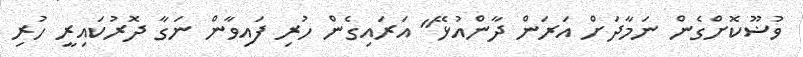
ވުޟޫކޮށްގެން ނަމާދަށް އަރަން ދާންއުޅޭ" އަރައިގެން ހުރި ފައިވާން ނަގާ ދޮރުކައިރީ ހުރި